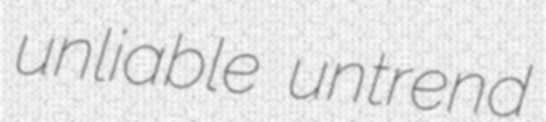
unliable untrend